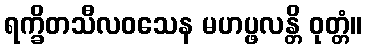
ရက္ခိတသီလဝသေန မဟပ္ဖလန္တိ ဝုတ္တံ။